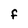
Character: F